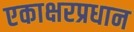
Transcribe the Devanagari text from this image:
एकाक्षरप्रधान